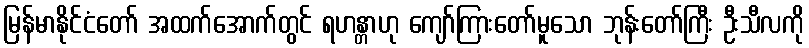
မြန်မာနိုင်ငံတော် အထက်အောက်တွင် ရဟန္တာဟု ကျော်ကြားတော်မူသော ဘုန်းတော်ကြီး ဦးသီလကို